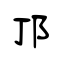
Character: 邒